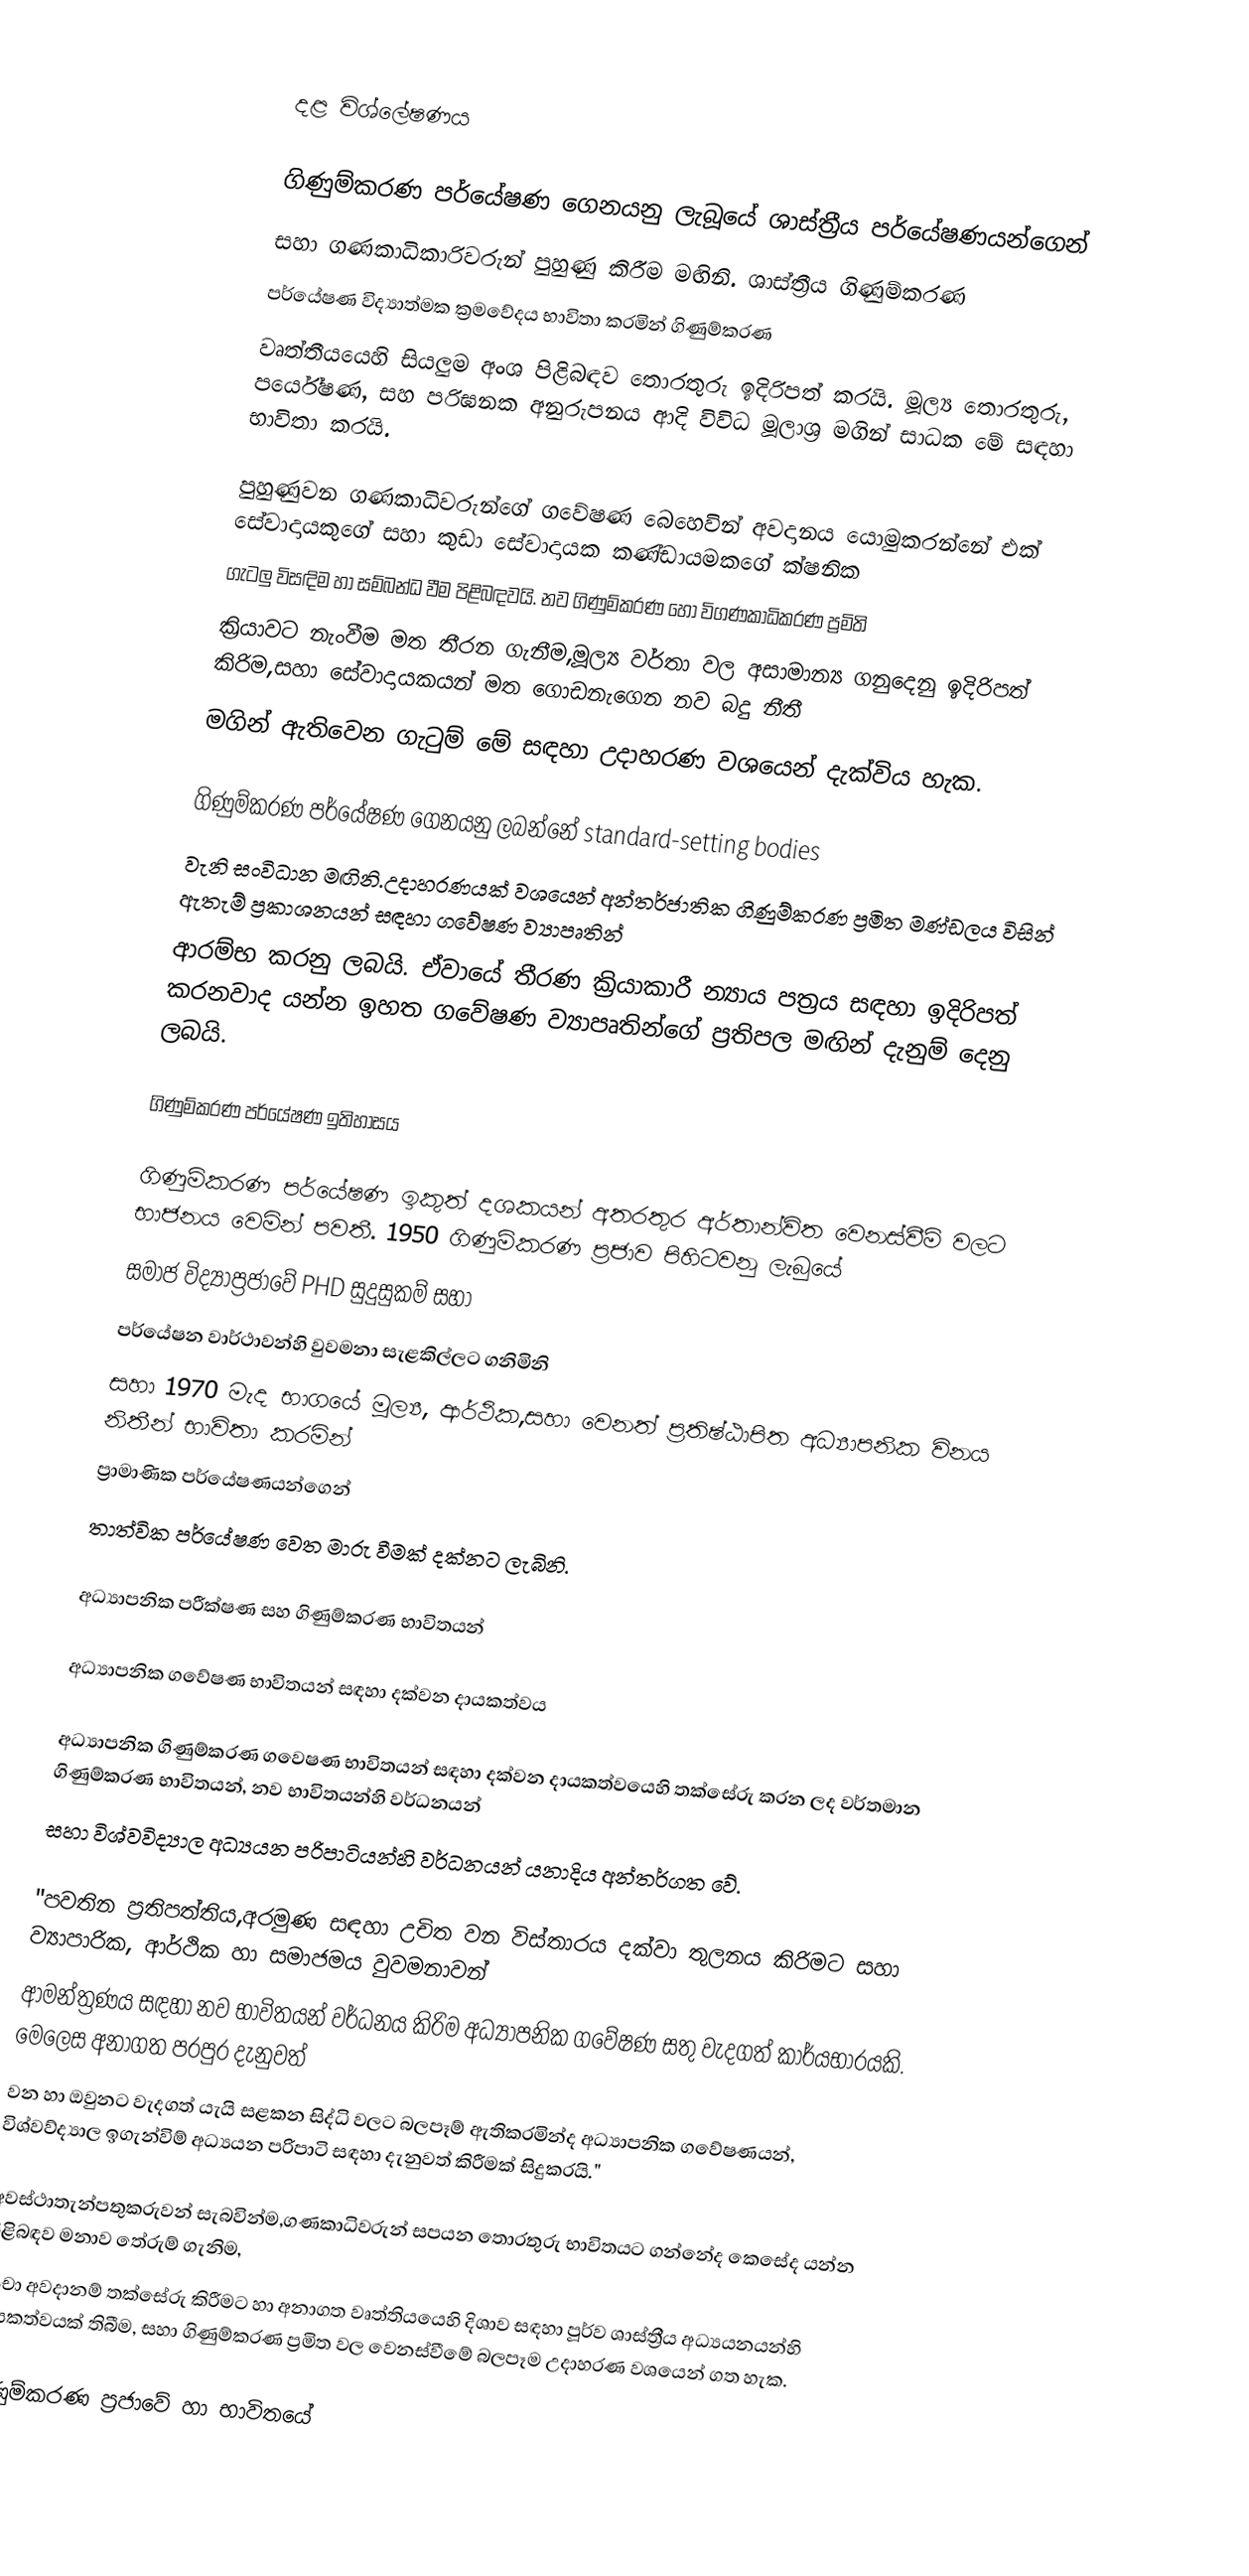

දළ විශ්ලේෂණය

ගිණුම්කරණ පර්යේෂණ ගෙනයනු ලැබූයේ ශාස්ත්‍රීය පර්යේෂණයන්ගෙන්
සහා ගණකාධිකාරිවරුන් පුහුණු කිරීම මඟිනි. ශාස්ත්‍රීය ගිණුම්කරණ
පර්යේෂණ විද්‍යාත්මක ක්‍රමවේදය භාවිතා කරමින් ගිණුම්කරණ
වෘත්තීයයෙහි සියලුම අංශ පිළිබඳව තොරතුරු ඉදිරිපත් කරයි. මූල්‍ය තොරතුරු, පර්යේෂණ, සහ පරිඝනක අනුරුපනය ආදි විවිධ මූලාශ්‍ර මගින් සාධක මේ සඳහා භාවිතා කරයි.

පුහුණුවන ගණකාධිවරුන්ගේ ගවේෂණ බෙහෙවින් අවදානය යොමුකරන්නේ එක් සේවාදායකුගේ සහා කුඩා සේවාදායක කණ්ඩායමකගේ ක්ෂනික
ගැටලු විසඳිම හා සම්බන්ධ වීම පිළිබඳවයි. නව ගිණුම්කරණ හෝ විගණකාධිකරණ ප්‍රමිති
ක්‍රියාවට නැංවීම මත තීරන ගැනීම,මූල්‍ය වර්තා වල අසාමාන්‍ය ගනුදෙනු ඉදිරිපත් කිරිම,සහා සේවාදායකයන් මත ගොඩනැගෙන නව බදු නීතී
මගින් ඇතිවෙන ගැටුම් මේ සඳහා උදාහරණ වශයෙන් දැක්විය හැක.

ගිණුම්කරණ පර්යේෂණ ගෙනයනු ලබන්නේ standard-setting bodies
වැනි සංවිධාන මඟිනි.උදාහරණයක් වශයෙන් අන්තර්ජාතික ගිණුම්කරණ ප්‍රමිත මණ්ඩලය විසින් ඇතැම් ප්‍රකාශනයන් සඳහා ගවේෂණ ව්‍යාපෘතින්
ආරම්භ කරනු ලබයි. ඒවායේ තීරණ ක්‍රියාකාරී න්‍යාය පත්‍රය සඳහා ඉදිරිපත් කරනවාද යන්න ඉහත ගවේෂණ ව්‍යාපෘතින්ගේ ප්‍රතිපල මඟින් දැනුම් දෙනු ලබයි.

ගිණුම්කරණ පර්යේෂණ ඉතිහාසය

ගිණුම්කරණ පර්යේෂණ ඉකුත් දශකයන් අතරතුර අර්තාන්විත වෙනස්වීම් වලට භාජනය වෙමින් පවතී. 1950 ගිණුම්කරණ ප්‍රජාව පිහිටවනු ලැබුයේ
සමාජ විද්‍යාප්‍රජාවේ PHD සුදුසුකම් සහා
පර්යේෂන වාර්ථාවන්හි වුවමනා සැළකිල්ලට ගනිමිනි
සහා 1970 මැද භාගයේ මූල්‍ය, ආර්ථික,සහා වෙනත් ප්‍රතිෂ්ඨාපිත අධ්‍යාපනික විනය නිතීන් භාවිතා කරමින්
ප්‍රාමාණික පර්යේෂණයන්ගෙන්
තාත්වික පර්යේෂණ වෙත මාරු වීමක් දක්නට ලැබිනි.

අධ්‍යාපනික පරීක්ෂණ සහ ගිණුම්කරණ භාවිතයන්

අධ්‍යාපනික ගවේෂණ භාවිතයන් සඳහා දක්වන දායකත්වය

අධ්‍යාපනික ගිණුම්කරණ ගවෙෂණ භාවිතයන් සඳහා දක්වන දායකත්වයෙහි තක්සේරු කරන ලද වර්තමාන ගිණුම්කරණ භාවිතයන්, නව භාවිතයන්හි වර්ධනයන්
සහා විශ්වවිද්‍යාල අධ්‍යයන පරිපාටියන්හි වර්ධනයන් යනාදිය අන්තර්ගත වේ.

  "පවතින ප්‍රතිපත්තිය,අරමුණ සඳහා උචිත වන විස්තාරය දක්වා තුලනය කිරිමට සහා ව්‍යාපාරික, ආර්ථික හා සමාජමය වුවමනාවන්
       ආමන්ත්‍රණය සඳහා නව භාවිතයන් වර්ධනය කිරිම අධ්‍යාපනික ගවේෂණ සතු වැදගත් කාර්යභාරයකි. මෙලෙස අනාගත පරපුර දැනුවත්
       වන හා ඔවුනට වැදගත් ‍යැයි සළකන සිද්ධි වලට බලපෑම් ඇතිකරමින්ද අධ්‍යාපනික ගවේෂණයන්, විශ්වව්ද්‍යාල ඉගැන්විම් අධ්‍යයන පරිපාටි සඳහා දැනුවත් කිරීමක් සිදුකරයි."

අවස්ථාතැන්පතුකරුවන් සැබවින්ම,ගණකාධිවරුන් සපයන තොරතුරු භාවිතයට ගන්නේද කෙසේද යන්න පිළිබඳව මනාව තේරුම් ගැනිම,
වංචා අවදානම් තක්සේරු කිරීමට හා අනාගත වෘත්තියයෙහි දිශාව සඳහා පූර්ව ශාස්ත්‍රීය අධ්‍යයනයන්හි දායකත්වයක් තිබීම, සහා ගිණුම්කරණ ප්‍රමිත වල වෙනස්වීමේ බලපෑම උදාහරණ වශයෙන් ගත හැක.

ගිණුම්කරණ ප්‍රජාවේ හා භාවිතයේ